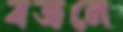
বজলে